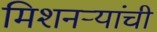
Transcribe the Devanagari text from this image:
मिशनऱ्यांची